Indian journal of veterinary science and animal husbandry - Volume 5,
Year: 1935
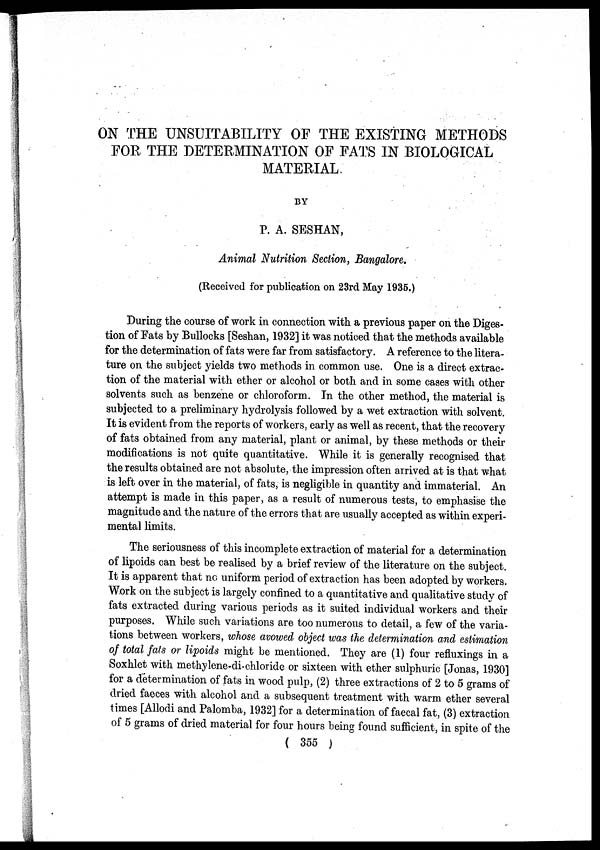
ON THE UNSUITABILITY OF THE EXISTING METHODS
FOR THE DETERMINATION OF FATS IN BIOLOGICAL
MATERIAL
BY
P. A. SESHAN,
Animal Nutrition Section, Bangalore.
(Received for publication on 23rd May 1935.)
During the course of work in connection with a previous paper on the Diges-
tion of Fats by Bullocks [Seshan, 1932] it was noticed that the methods available
for the determination of fats were far from satisfactory. A reference to the litera-
ture on the subject yields two methods in common use. One is a direct extrac-
tion of the material with ether or alcohol or both and in some cases with other
solvents such as benzene or chloroform. In the other method, the material is
subjected to a preliminary hydrolysis followed by a wet extraction with solvent.
It is evident from the reports of workers, early as well as recent, that the recovery
of fats obtained from any material, plant or animal, by these methods or their
modifications is not quite quantitative. While it is generally recognised that
the results obtained are not absolute, the impression often arrived at is that what
is left over in the material, of fats, is negligible in quantity and immaterial. An
attempt is made in this paper, as a result of numerous tests, to emphasise the
magnitude and the nature of the errors that are usually accepted as within experi-
mental limits.
The seriousness of this incomplete extraction of material for a determination
of lipoids can best be realised by a brief review of the literature on the subject.
It is apparent that no uniform period of extraction has been adopted by workers.
Work on the subject is largely confined to a quantitative and qualitative study of
fats extracted during various periods as it suited individual workers and their
purposes. While such variations are too numerous to detail, a few of the varia-
tions between workers, whose avowed object was the determination and estimation
of total fats or lipoids might be mentioned. They are (1) four refluxings in a
Soxhlet with methylene-di-chloride or sixteen with ether sulphuric [Jonas, 1930]
for a determination of fats in wood pulp, (2) three extractions of 2 to 5 grams of
dried faeces with alcohol and a subsequent treatment with warm ether several
times [Allodi and Palomba, 1932] for a determination of faecal fat, (3) extraction
of 5 grams of dried material for four hours being found sufficient, in spite of the
( 355 )